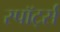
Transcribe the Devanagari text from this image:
स्पॉर्ट्स